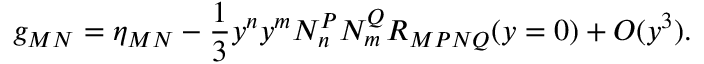
g _ { M N } = \eta _ { M N } - \frac { 1 } { 3 } y ^ { n } y ^ { m } N _ { n } ^ { P } N _ { m } ^ { Q } R _ { M P N Q } ( y = 0 ) + { \cal O } ( y ^ { 3 } ) .